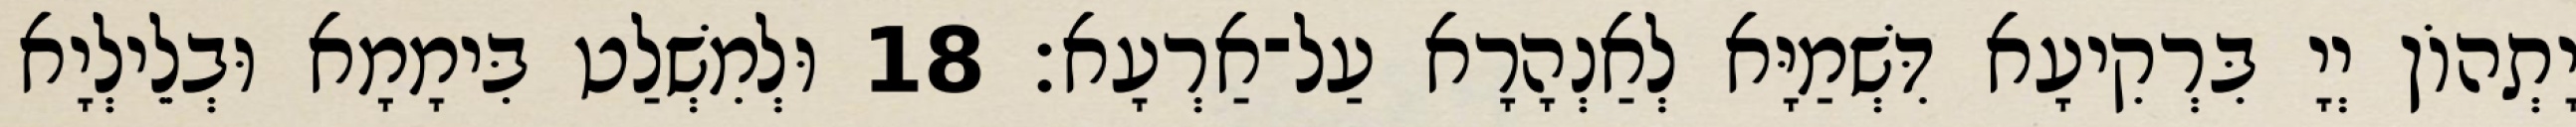
יָתְהוֹן יְיָ בִּרְקִיעָא דִּשְׁמַיָּא לְאַנְהָרָא עַל־אַרְעָא׃ 18 וּלְמִשְׁלַט בִּימָמָא וּבְלֵילְיָא